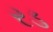
રડ